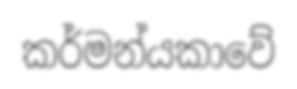
කර්මන්යකාවේ